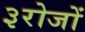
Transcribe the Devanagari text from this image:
३रोजों